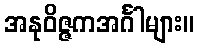
အနုဝိဇ္ဇကအင်္ဂါများ။